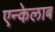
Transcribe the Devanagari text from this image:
एन्केलाब